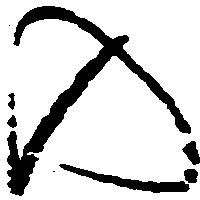
の